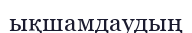
ықшамдаудың